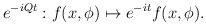
LaTeX: \begin{align*}e^{-iQt} : f(x,\phi) \mapsto e^{-it} f(x,\phi).\end{align*}